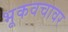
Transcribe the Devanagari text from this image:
भूकवचावर